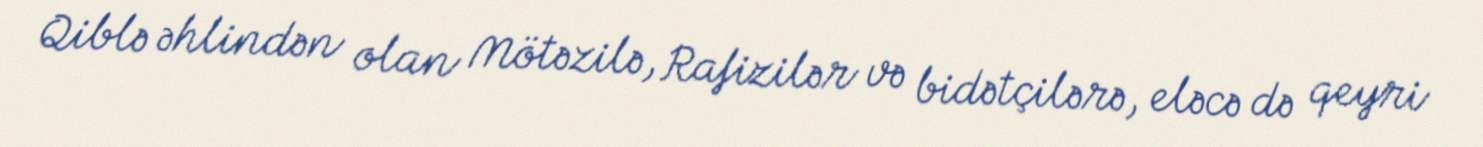
Qiblə əhlindən olan Mötəzilə, Rafizilər və bidətçilərə, eləcə də qeyri